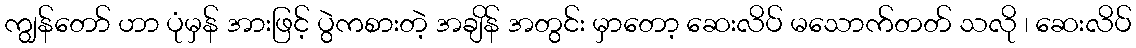
ကျွန်တော် ဟာ ပုံမှန် အားဖြင့် ပွဲကစားတဲ့ အချိန် အတွင်း မှာတော့ ဆေးလိပ် မသောက်တတ် သလို ၊ ဆေးလိပ်